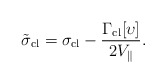
\begin{align*}\tilde{\sigma}_{\rm cl}=\sigma_{\rm cl}-\frac{\Gamma_{\rm cl}[\upsilon]}{ 2 V_{\|} }.\end{align*}